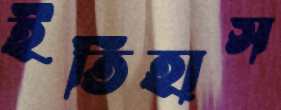
ইতিহাস